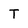
Character: T